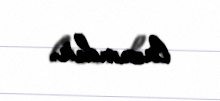
lazımdır.